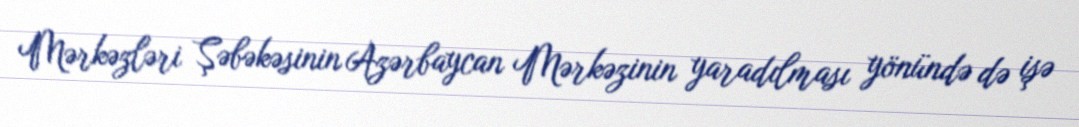
Mərkəzləri Şəbəkəsinin Azərbaycan Mərkəzinin yaradılması yönündə də işə